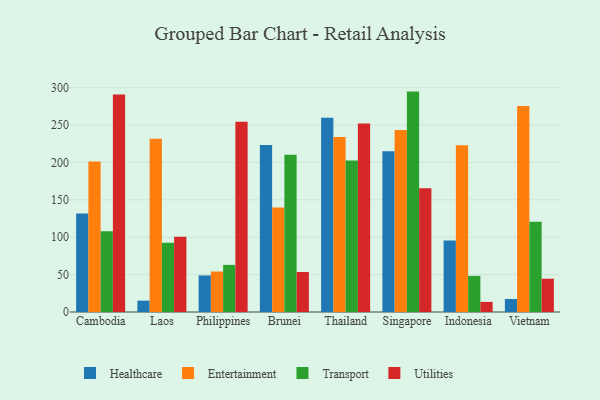
{"axis": {"x": "Country", "y": "Energy Usage (MWh)"}, "legend": ["Entertainment", "Healthcare", "Transport", "Utilities"], "data": [{"x": "Cambodia", "y": 131.7, "type": "Healthcare"}, {"x": "Cambodia", "y": 201.4, "type": "Entertainment"}, {"x": "Cambodia", "y": 108.0, "type": "Transport"}, {"x": "Cambodia", "y": 290.8, "type": "Utilities"}, {"x": "Laos", "y": 15.2, "type": "Healthcare"}, {"x": "Laos", "y": 231.5, "type": "Entertainment"}, {"x": "Laos", "y": 92.6, "type": "Transport"}, {"x": "Laos", "y": 100.7, "type": "Utilities"}, {"x": "Philippines", "y": 48.9, "type": "Healthcare"}, {"x": "Philippines", "y": 54.1, "type": "Entertainment"}, {"x": "Philippines", "y": 63.0, "type": "Transport"}, {"x": "Philippines", "y": 254.3, "type": "Utilities"}, {"x": "Brunei", "y": 223.4, "type": "Healthcare"}, {"x": "Brunei", "y": 139.7, "type": "Entertainment"}, {"x": "Brunei", "y": 210.4, "type": "Transport"}, {"x": "Brunei", "y": 53.5, "type": "Utilities"}, {"x": "Thailand", "y": 259.9, "type": "Healthcare"}, {"x": "Thailand", "y": 234.1, "type": "Entertainment"}, {"x": "Thailand", "y": 202.5, "type": "Transport"}, {"x": "Thailand", "y": 252.0, "type": "Utilities"}, {"x": "Singapore", "y": 214.8, "type": "Healthcare"}, {"x": "Singapore", "y": 243.4, "type": "Entertainment"}, {"x": "Singapore", "y": 294.7, "type": "Transport"}, {"x": "Singapore", "y": 165.4, "type": "Utilities"}, {"x": "Indonesia", "y": 95.7, "type": "Healthcare"}, {"x": "Indonesia", "y": 222.8, "type": "Entertainment"}, {"x": "Indonesia", "y": 48.3, "type": "Transport"}, {"x": "Indonesia", "y": 13.5, "type": "Utilities"}, {"x": "Vietnam", "y": 17.4, "type": "Healthcare"}, {"x": "Vietnam", "y": 275.3, "type": "Entertainment"}, {"x": "Vietnam", "y": 120.8, "type": "Transport"}, {"x": "Vietnam", "y": 44.5, "type": "Utilities"}]}